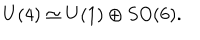
U ( 4 ) \simeq U ( 1 ) \oplus S O ( 6 ) .